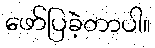
ဖော်ပြခဲ့တာပါ။